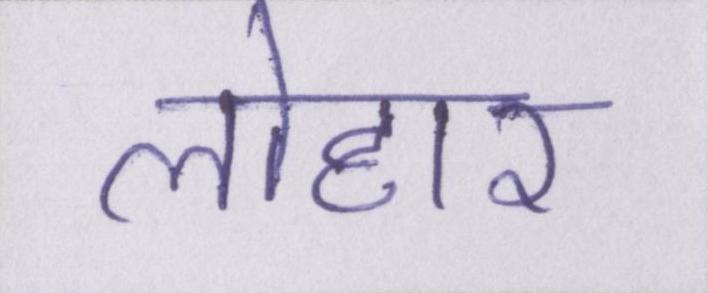
लोहार